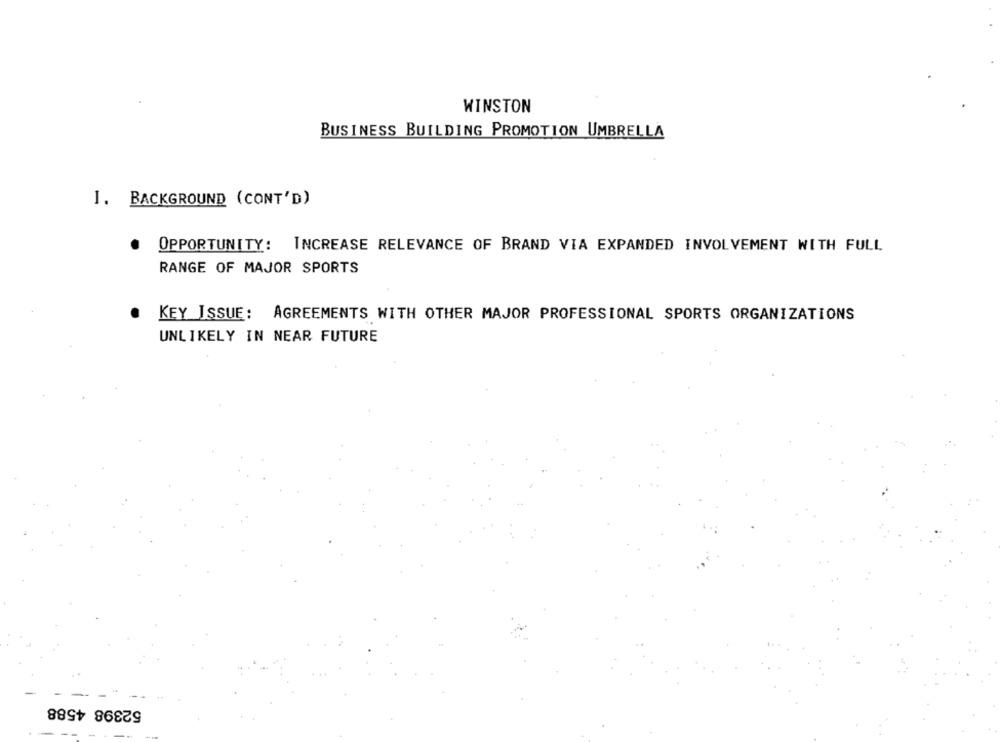
WINSTON
BUSINESS BUILDING PROMOTION UMBRELLA
J. BACKGROUND (CONT'D)
OPPORTUNITY: INCREASE RELEVANCE OF BRAND VIA EXPANDED INVOLVEMENT WITH FULL
RANGE OF MAJOR SPORTS
KEY ISSUE: AGREEMENTS WITH OTHER MAJOR PROFESSIONAL SPORTS ORGANIZATIONS
UNLIKELY IN NEAR FUTURE
52398 4588